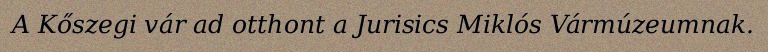
A Kőszegi vár ad otthont a Jurisics Miklós Vármúzeumnak.